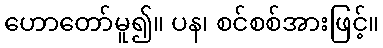
ဟောတော်မူ၍။ ပန၊ စင်စစ်အားဖြင့်။